Problem: 7 × 7 = ?
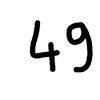
Handwritten answer: 49